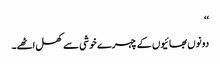
‘‘
دونوں بھائیوں کے چہرے خوشی سے کھل اٹھے۔